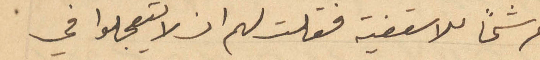
مرشحًا للاسقفية فقلت لهم ان لا يتعجلوا في